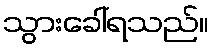
သွားခေါ်ရသည်။